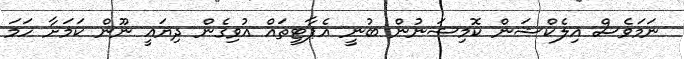
ނަމަވެސް އިލެކްޝަން ކޮމިޝަނުން ބުނީ އެޕާޓީތައް އުވިގެން ދިޔައީ ނޫން ކަމަށާ ހަމަ